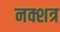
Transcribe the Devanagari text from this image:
नक्शत्र